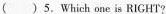
( ) 5,Which one is RIGHT?